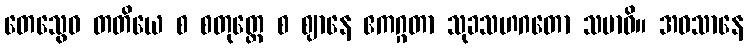
တေသွေဝ တတိယေ စ စတုတ္ထေ စ ဈာနေ ဧကဂ္ဂတာ သုခသဟဂတော သမာဓိ။ အဝသာနေ